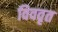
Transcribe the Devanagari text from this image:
विववृत